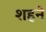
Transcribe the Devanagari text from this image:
शहने